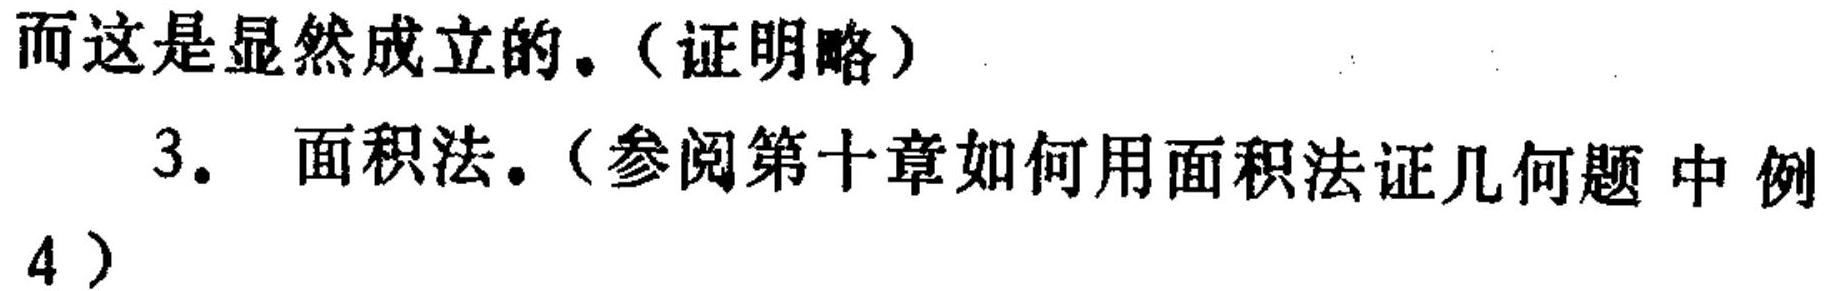
而这是显然成立的。（证明略）
3. 面积法。（参阅第十章如何用面积法证几何题 中 例4）